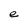
Character: e